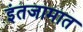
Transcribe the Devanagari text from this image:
इंतजामात